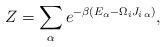
LaTeX: \begin{align*}Z=\sum_{\alpha}e^{-\beta(E_{\alpha}-\Omega_iJ_{i\,\alpha})}, \end{align*}